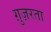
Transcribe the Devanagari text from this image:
ग़ुज़रता